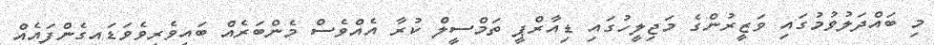
މި ބައްދަލުވުމުގައި ވަޒީރުންގެ މަޖިލީހުގައި ޑިއާރްޕީ ތަމްސީލް ކުރާ އެއްވެސް މެންބަރެއް ބައިވެރިވެވަޑައިގެންފައެއް